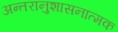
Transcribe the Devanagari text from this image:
अन्तरानुशासनात्मक